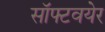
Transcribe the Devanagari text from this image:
सॉफ्टवयेर